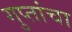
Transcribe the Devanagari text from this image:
गुप्तांचा